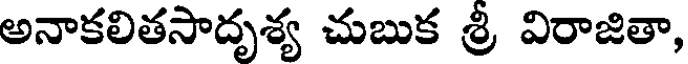
అనాకలితసాదృశ్య చుబుక శ్రీ విరాజితా,